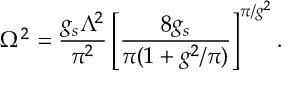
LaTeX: \Omega ^ { 2 } = \frac { g _ { s } \Lambda ^ { 2 } } { \pi ^ { 2 } } \left[ \frac { 8 g _ { s } } { \pi ( 1 + g ^ { 2 } / \pi ) } \right] ^ { \pi / g ^ { 2 } } .